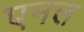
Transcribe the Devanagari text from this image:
एनल